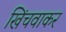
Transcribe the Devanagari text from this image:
खिंचवाकर